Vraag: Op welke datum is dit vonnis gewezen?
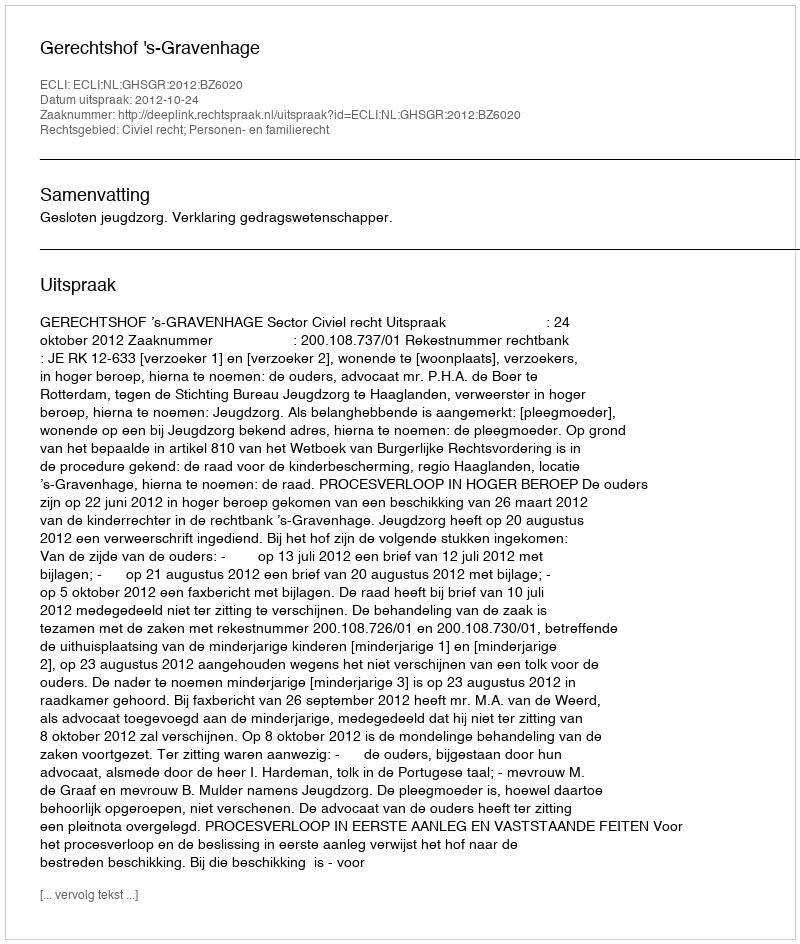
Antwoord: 2012-10-24